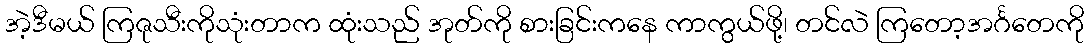
အဲ့ဒီမယ် ကြဇုသီးကိုသုံးတာက ထုံးသည် အုတ်ကို စားခြင်းကနေ ကာကွယ်ဖို့၊ တင်လဲ ကြတော့အင်္ဂတေကို